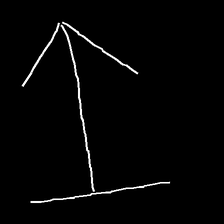
Glyph: levitation